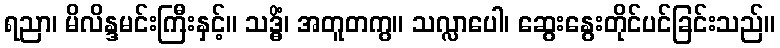
ရညာ၊ မိလိန္ဒမင်းကြီးနှင့်။ သဒ္ဓိံ၊ အတူတကွ။ သလ္လာပေါ၊ ဆွေးနွေးတိုင်ပင်ခြင်းသည်။